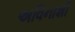
અવિનાશી